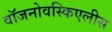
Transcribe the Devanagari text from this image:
वॉजनोवस्किएलीस